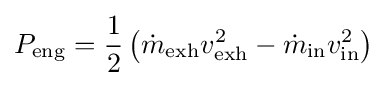
P_{\mathrm {eng} }={\frac {1}{2}}\left({\dot {m}}_{\mathrm {exh} }v_{\mathrm {exh} }^{2}-{\dot {m}}_{\mathrm {in} }v_{\mathrm {in} }^{2}\right)